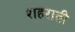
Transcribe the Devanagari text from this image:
शहराती